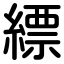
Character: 縹